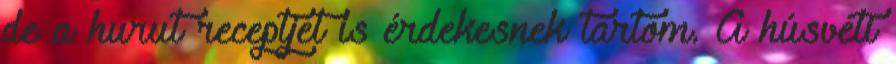
de a hurut receptjét is érdekesnek tartom. A húsvéti